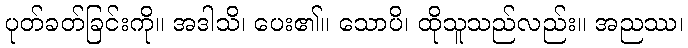
ပုတ်ခတ်ခြင်းကို။ အဒါသိ၊ ပေး၏။ သောပိ၊ ထိုသူသည်လည်း။ အညဿ၊